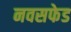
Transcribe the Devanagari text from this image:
नवसफेड